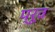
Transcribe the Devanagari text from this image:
प्रूव